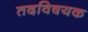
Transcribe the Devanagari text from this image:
तदविषयक